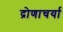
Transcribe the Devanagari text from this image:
द्रोणाचर्या